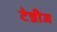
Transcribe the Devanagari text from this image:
टेन्नीज